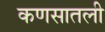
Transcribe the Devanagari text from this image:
कणसातली